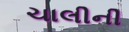
ચાલીની